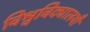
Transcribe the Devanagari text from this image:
विश्वविद्यालयौं